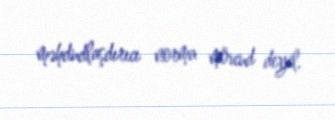
məhdudlaşdırıcı norma mövcud deyil.